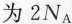
为2N_{A}